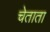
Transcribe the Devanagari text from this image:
चेताता